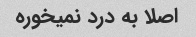
اصلا به درد نمیخوره